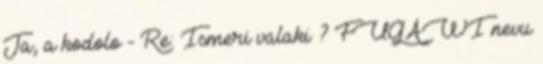
Ja, a kodolo - Re: Ismeri valaki ? FUGAWI nevu